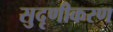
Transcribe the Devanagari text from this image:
सुदृणीकरण